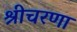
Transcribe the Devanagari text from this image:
श्रीचरणा